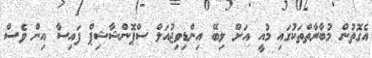
އެގޮތުން މުބާރާތްތަކުގައި މުއީ އަށް ލިބޭ އިންޑިވިޖުއަލް ސްޕޮންޝާޝިޕް ފައިސާ އިން ވެސް